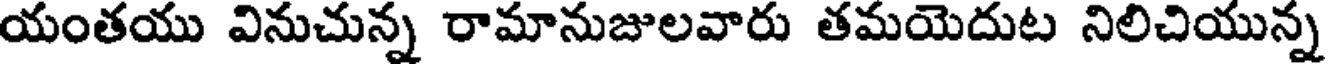
యంతయు వినుచున్న రామానుజులవారు తమయెదుట నిలిచియున్న